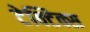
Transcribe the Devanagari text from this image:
टेक्टिक्स